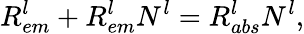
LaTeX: R_{em}^{l}+R_{em}^{l}N_{}^{l}=R_{abs}^{l}N_{}^{l},